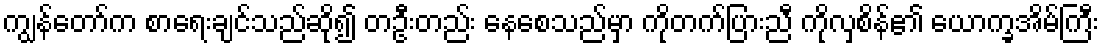
ကျွန်တော်က စာရေးချင်သည်ဆို၍ တဦးတည်း နေစေသည်မှာ ကိုတက်ပြားညီ ကိုလှစိန်၏ ယောက္ခအိမ်ကြီး